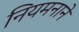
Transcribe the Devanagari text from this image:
नियमनाने